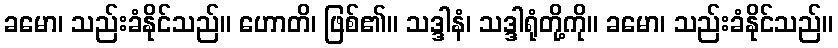
ခမော၊ သည်းခံနိုင်သည်။ ဟောတိ၊ ဖြစ်၏။ သဒ္ဒါနံ၊ သဒ္ဒါရုံတို့ကို။ ခမော၊ သည်းခံနိုင်သည်။